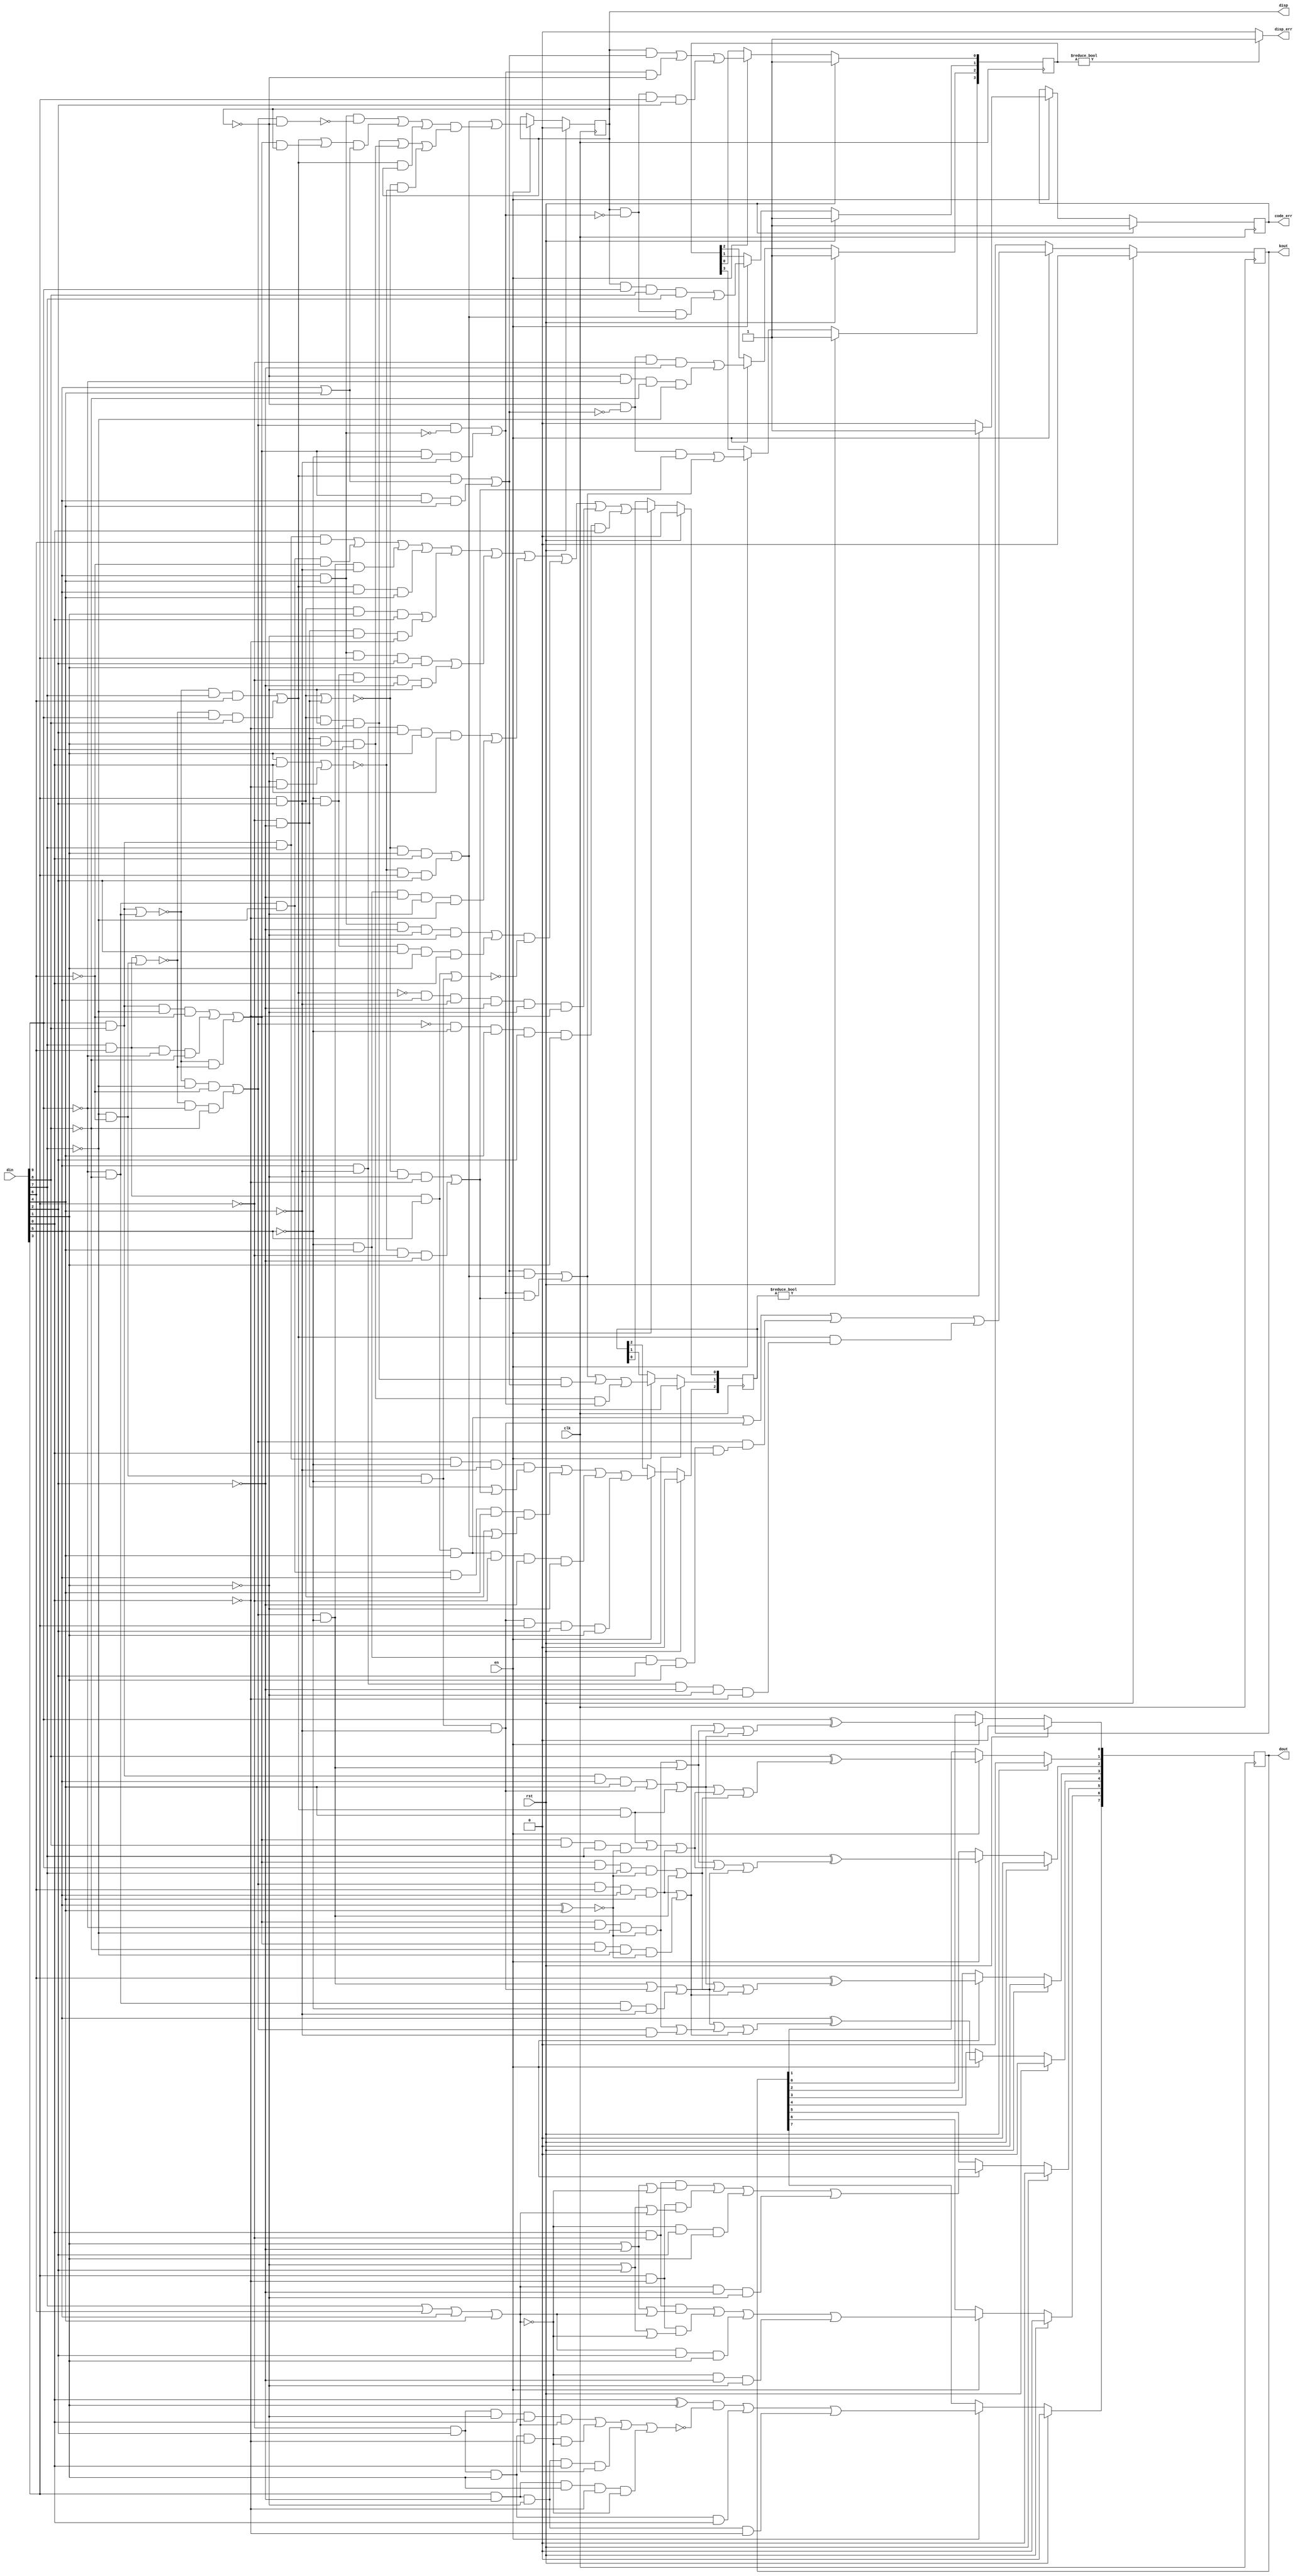
`timescale 1ns / 1ps
//////////////////////////////////////////////////////////////////////////////////
// Company: 
// 
// Design Name: 
// Module Name: decoder_8b10b
// Project Name: v8b10b
// Target Devices: 
// Tool Versions: 
// Description: 
// 
// Dependencies: 
// 
// Revision:
// Revision 0.01 - File Created
// Additional Comments:
// 
//////////////////////////////////////////////////////////////////////////////////

module decoder_8b10b (
	input wire clk,
	input wire rst,
	input wire en,
	input wire [9:0]din,
	output wire [7:0]dout,
	output wire kout,
	output wire code_err,
	output wire disp,
	output wire disp_err
);
   
reg [7:0]do;
reg k;
reg ce;
reg [2:0]e;
reg p;
reg [3:0]pe;
wire [9:0]d;

assign d = din;
assign disp_err = pe?1'b1:1'b0;
assign dout = do;
assign kout = k;
assign code_err = ce;
assign disp = p;

always @(posedge clk) begin
	if (rst) begin
		k <= 0;
		do <= 8'b0; 
	end else begin
		if (en == 1'b1) begin
			k <= (((d[7]&d[6]&d[5]&d[4])|(!d[7]&!d[6]&!d[5]&!d[4]))|(((!((d[9]&d[8])|(!d[9]&!d[8]))&!d[7]&!d[6])|(!((d[7]&d[6])|(!d[7]&!d[6]))&!d[9]&!d[8]))&(!d[5]&d[4]&d[2]&d[1]&d[0]))|(((!((d[9]&d[8])|(!d[9]&!d[8]))&d[7]&d[6])|(!((d[7]&d[6])|(!d[7]&!d[6]))&d[9]&d[8]))&(d[5]&!d[4]&!d[2]&!d[1]&!d[0])));
			do[7] <= ((d[0]^d[1])&!((!d[3]&d[2]&!d[1]&d[0]&!(!(d[7]|d[6]|d[5]|d[4])))|(!d[3]&d[2]&d[1]&!d[0]&(!(d[7]|d[6]|d[5]|d[4])))|(d[3]&!d[2]&!d[1]&d[0]&!(!(d[7]|d[6]|d[5]|d[4])))|(d[3]&!d[2]&d[1]&!d[0]&(!(d[7]|d[6]|d[5]|d[4])))))|(!d[3]&d[2]&d[1]&d[0])|(d[3]&!d[2]&!d[1]&!d[0]);
			do[6] <= (d[0]&!d[3]&(d[1]|!d[2]|!(!(d[7]|d[6]|d[5]|d[4]))))|(d[3]&!d[0]&(!d[1]|d[2]|(!(d[7]|d[6]|d[5]|d[4]))))|(!(!(d[7]|d[6]|d[5]|d[4]))&d[2]&d[1])|((!(d[7]|d[6]|d[5]|d[4]))&!d[2]&!d[1]);
			do[5] <= (d[0]&!d[3]&(d[1]|!d[2]|(!(d[7]|d[6]|d[5]|d[4]))))|(d[3]&!d[0]&(!d[1]|d[2]|!(!(d[7]|d[6]|d[5]|d[4]))))|((!(d[7]|d[6]|d[5]|d[4]))&d[2]&d[1])|(!(!(d[7]|d[6]|d[5]|d[4]))&!d[2]&!d[1]);
			do[4] <= d[5]^(((((!((d[9]&d[8])|(!d[9]&!d[8]))&!d[7]&!d[6])|(!((d[7]&d[6])|(!d[7]&!d[6]))&!d[9]&!d[8]))&!d[5])|(!d[7]&!d[6]&!d[5]&!d[4])|(!d[9]&!d[8]&!d[5]&!d[4]))|((((d[9]&d[8]&!d[7]&!d[6])|(d[7]&d[6]&!d[9]&!d[8])|(!((d[9]&d[8])|(!d[9]&!d[8]))&!((d[7]&d[6])|(!d[7]&!d[6]))))&!d[9]&!d[7]&(!(d[5]^d[4])))|(((!((d[9]&d[8])|(!d[9]&!d[8]))&!d[7]&!d[6])|(!((d[7]&d[6])|(!d[7]&!d[6])) & !d[9] & !d[8]))&!d[4]))|((((!((d[9]&d[8])|(!d[9]&!d[8]))&!d[7]&!d[6])|(!((d[7]&d[6])|(!d[7]&!d[6]))&!d[9]&!d[8]))&d[6]&d[5]&d[4])|(((d[9]&d[8]&!d[7]&!d[6])|(d[7]&d[6]&!d[9]&!d[8])|(!((d[9]&d[8])|(!d[9]&!d[8]))&!((d[7]&d[6])|(!d[7]&!d[6]))))&!d[8]&!d[7]&(!(d[5]^d[4])))));
			do[3] <= d[6]^(((d[9]&d[8]&d[5]&d[4])|(!d[7]&!d[6]&!d[5]&!d[4])|(((!((d[9]&d[8])|(!d[9]&!d[8]))&d[7]&d[6])|(!((d[7]&d[6])|(!d[7]&!d[6]))&d[9]&d[8]))&d[4]))|((((d[9]&d[8]&!d[7]&!d[6])|(d[7]&d[6]&!d[9]&!d[8])|(!((d[9]&d[8])|(!d[9]&!d[8]))&!((d[7]&d[6])|(!d[7]&!d[6]))))&d[9]&d[7]&(!(d[5]^d[4])))|(((!((d[9]&d[8])|(!d[9]&!d[8]))&!d[7]&!d[6])|(!((d[7]&d[6])|(!d[7]&!d[6]))&!d[9]&!d[8]))&!d[5]))|((((!((d[9]&d[8])|(!d[9]&!d[8]))&!d[7]&!d[6])|(!((d[7]&d[6])|(!d[7]&!d[6]))&!d[9]&!d[8]))&d[6]&d[5]&d[4])|(((d[9]&d[8]&!d[7]&!d[6])|(d[7]&d[6]&!d[9]&!d[8])|(!((d[9]&d[8])|(!d[9]&!d[8]))&!((d[7]&d[6])|(!d[7]&!d[6]))))&!d[8]&!d[7]&(!(d[5]^d[4])))));
			do[2] <= d[7]^(((((d[9]&d[8]&!d[7]&!d[6])|(d[7]&d[6]&!d[9]&!d[8])|(!((d[9]&d[8])|(!d[9]&!d[8]))&!((d[7]&d[6])|(!d[7]&!d[6]))))&!d[9]&!d[7]&(!(d[5]^d[4])))|(((!((d[9]&d[8])|(!d[9]&!d[8]))&!d[7]&!d[6])|(!((d[7]&d[6])|(!d[7]&!d[6]))&!d[9]&!d[8]))&!d[5]))|((((!((d[9]&d[8])|(!d[9]&!d[8]))&d[7]&d[6])|(!((d[7]&d[6])|(!d[7]&!d[6]))&d[9]&d[8]))&d[4])|(((d[9]&d[8]&!d[7]&!d[6])|(d[7]&d[6]&!d[9]&!d[8])|(!((d[9]&d[8])|(!d[9]&!d[8]))&!((d[7]&d[6])|(!d[7]&!d[6]))))&d[8]&d[7]&(!(d[5]^d[4])))|(((!((d[9]&d[8])|(!d[9]&!d[8]))&!d[7]&!d[6])|(!((d[7]&d[6])|(!d[7]&!d[6]))&!d[9]&!d[8]))&d[6]&d[5]&d[4]))|((((!((d[9]&d[8])|(!d[9]&!d[8]))&!d[7]&!d[6])|(!((d[7]&d[6])|(!d[7]&!d[6]))&!d[9]&!d[8]))&!d[5])|(!d[7]&!d[6]&!d[5]&!d[4])|(!d[9]&!d[8]&!d[5]&!d[4])));
			do[1] <= d[8]^(((d[9]&d[8]&d[5]&d[4])|(!d[7]&!d[6]&!d[5]&!d[4])|(((!((d[9]&d[8])|(!d[9]&!d[8]))&d[7]&d[6])|(!((d[7]&d[6])|(!d[7]&!d[6]))&d[9]&d[8]))&d[4]))|((((!((d[9]&d[8])|(!d[9]&!d[8]))&d[7]&d[6])|(!((d[7]&d[6])|(!d[7]&!d[6]))&d[9]&d[8]))&d[4])|(((d[9]&d[8]&!d[7]&!d[6])|(d[7]&d[6]&!d[9]&!d[8])|(!((d[9]&d[8])|(!d[9]&!d[8]))&!((d[7]&d[6])|(!d[7]&!d[6]))))&d[8]&d[7]&(!(d[5]^d[4])))|(((!((d[9]&d[8])|(!d[9]&!d[8]))&!d[7]&!d[6])|(!((d[7]&d[6])|(!d[7]&!d[6]))&!d[9]&!d[8]))&d[6]&d[5]&d[4]))|((((d[9]&d[8]&!d[7]&!d[6])|(d[7]&d[6]&!d[9]&!d[8])|(!((d[9]&d[8])|(!d[9]&!d[8]))&!((d[7]&d[6])|(!d[7]&!d[6]))))&d[9]&d[7]&(!(d[5]^d[4])))|(((!((d[9]&d[8])|(!d[9]&!d[8]))&!d[7]&!d[6])|(!((d[7]&d[6])|(!d[7]&!d[6]))&!d[9]&!d[8]))&!d[5])));
			do[0] <= d[9]^(((((!((d[9]&d[8])|(!d[9]&!d[8]))&!d[7]&!d[6])|(!((d[7]&d[6])|(!d[7]&!d[6]))&!d[9]&!d[8]))&d[6]&d[5]&d[4])|(((d[9]&d[8]&!d[7]&!d[6])|(d[7]&d[6]&!d[9]&!d[8])|(!((d[9]&d[8])|(!d[9]&!d[8]))&!((d[7]&d[6])|(!d[7]&!d[6]))))&!d[8]&!d[7]&(!(d[5]^d[4]))))|((((d[9]&d[8]&!d[7]&!d[6])|(d[7]&d[6]&!d[9]&!d[8])|(!((d[9]&d[8])|(!d[9]&!d[8]))&!((d[7]&d[6])|(!d[7]&!d[6]))))&!d[9]&!d[7]&(!(d[5]^d[4])))|(((!((d[9]&d[8])|(!d[9]&!d[8]))&!d[7]&!d[6])|(!((d[7]&d[6])|(!d[7]&!d[6]))&!d[9]&!d[8]))&!d[5]))|((d[9]&d[8]&d[5]&d[4])|(!d[7]&!d[6]&!d[5]&!d[4])|(((!((d[9]&d[8])|(!d[9]&!d[8]))&d[7]&d[6])|(!((d[7]&d[6])|(!d[7]&!d[6]))&d[9]&d[8]))&d[4])));
		end
	end
end
   
always @(posedge clk) begin
	if (rst) begin
		p <= 1'b0;
		pe <= 4'hF;
		ce <= 1'b1;
		e = 3'b000;
	end else begin
		if (en == 1'b1) begin
			p <= (((!((d[3]&d[2])|(!d[3]&!d[2])))&d[1]&d[0])|(!((d[1]&d[0])|(!d[1]&!d[0]))&d[3]&d[2]))|(((d[5]&d[4]&!(((!((d[9]&d[8])|(!d[9]&!d[8]))&!d[7]&!d[6])|(!((d[7]&d[6])|(!d[7]&!d[6]))&!d[9]&!d[8]))&!p))|((((!((d[9]&d[8])|(!d[9]&!d[8]))&d[7]&d[6])|(!((d[7]&d[6])|(!d[7]&!d[6]))&d[9]&d[8]))|(((d[9]&d[8]&!d[7]&!d[6])|(d[7]&d[6]&!d[9]&!d[8])|(!((d[9]&d[8])|(!d[9]&!d[8]))&!((d[7]&d[6])|(!d[7]&!d[6]))))&p))&(d[5]|d[4]))|(((!((d[9]&d[8])|(!d[9]&!d[8]))&d[7]&d[6])|(!((d[7]&d[6])|(!d[7]&!d[6]))&d[9]&d[8]))&p))&((d[3]&d[2]&!d[1]&!d[0])|(!d[3]&!d[2]&d[1]&d[0])|(!((d[3]&d[2])|(!d[3]&!d[2]))&!((d[1]&d[0])|(!d[1]&!d[0]))))) ;
			pe[0] <= ((p&((((!((d[9]&d[8])|(!d[9]&!d[8]))&d[7]&d[6])|(!((d[7]&d[6])|(!d[7]&!d[6]))&d[9]&d[8]))&(d[5]|d[4]))|(((d[9]&d[8]&!d[7]&!d[6])|(d[7]&d[6]&!d[9]&!d[8])|(!((d[9]&d[8])|(!d[9]&!d[8]))&!((d[7]&d[6])|(!d[7]&!d[6]))))&d[5]&d[4])))|(((((!((d[9]&d[8])|(!d[9]&!d[8]))&!d[7]&!d[6])|(!((d[7]&d[6])|(!d[7]&!d[6]))&!d[9]&!d[8]))&!(d[5]&d[4]))|(((d[9]&d[8]&!d[7]&!d[6])|(d[7]&d[6]&!d[9]&!d[8])|(!((d[9]&d[8])|(!d[9]&!d[8]))&!((d[7]&d[6])|(!d[7]&!d[6]))))&!d[5]&!d[4]))&!p))|((p&!((((!((d[9]&d[8])|(!d[9]&!d[8]))&!d[7]&!d[6])|(!((d[7]&d[6])|(!d[7]&!d[6]))&!d[9]&!d[8]))&!(d[5]&d[4]))|(((d[9]&d[8]&!d[7]&!d[6])|(d[7]&d[6]&!d[9]&!d[8])|(!((d[9]&d[8])|(!d[9]&!d[8]))&!((d[7]&d[6])|(!d[7]&!d[6]))))&!d[5]&!d[4]))&d[3]&d[2]));
			pe[1] <= ((p&d[9]&d[8]&d[7]))|((p&!((((!((d[9]&d[8])|(!d[9]&!d[8]))&!d[7]&!d[6])|(!((d[7]&d[6])|(!d[7]&!d[6]))&!d[9]&!d[8]))&!(d[5]&d[4]))|(((d[9]&d[8]&!d[7]&!d[6])|(d[7]&d[6]&!d[9]&!d[8])|(!((d[9]&d[8])|(!d[9]&!d[8]))&!((d[7]&d[6])|(!d[7]&!d[6]))))&!d[5]&!d[4]))&(((!((d[3]&d[2])|(!d[3]&!d[2])))&d[1]&d[0])|(!((d[1]&d[0])|(!d[1]&!d[0]))&d[3]&d[2]))));
			pe[2] <= ((!p&!((((!((d[9]&d[8])|(!d[9]&!d[8]))&d[7]&d[6])|(!((d[7]&d[6])|(!d[7]&!d[6]))&d[9]&d[8]))&(d[5]|d[4]))|(((d[9]&d[8]&!d[7]&!d[6])|(d[7]&d[6]&!d[9]&!d[8])|(!((d[9]&d[8])|(!d[9]&!d[8]))&!((d[7]&d[6])|(!d[7]&!d[6]))))&d[5]&d[4]))&!d[3]&!d[2]))|((!p&!d[9]&!d[8]&!d[7]));
			pe[3] <= ((!p&!((((!((d[9]&d[8])|(!d[9]&!d[8]))&d[7]&d[6])|(!((d[7]&d[6])|(!d[7]&!d[6]))&d[9]&d[8]))&(d[5]|d[4]))|(((d[9]&d[8]&!d[7]&!d[6])|(d[7]&d[6]&!d[9]&!d[8])|(!((d[9]&d[8])|(!d[9]&!d[8]))&!((d[7]&d[6])|(!d[7]&!d[6]))))&d[5]&d[4]))&((!((d[3]&d[2])|(!d[3]&!d[2]))&!d[1]&!d[0])|(!((d[1]&d[0])|(!d[1]&!d[0]))&!d[3]&!d[2]))))|((((((!((d[9]&d[8])|(!d[9]&!d[8]))&d[7]&d[6])|(!((d[7]&d[6])|(!d[7]&!d[6]))&d[9]&d[8]))&(d[5]|d[4]))|(((d[9]&d[8]&!d[7]&!d[6])|(d[7]&d[6]&!d[9]&!d[8])|(!((d[9]&d[8])|(!d[9]&!d[8]))&!((d[7]&d[6])|(!d[7]&!d[6]))))&d[5]&d[4]))&(((!((d[3]&d[2])|(!d[3]&!d[2])))&d[1]&d[0])|(!((d[1]&d[0])|(!d[1]&!d[0]))&d[3]&d[2])))|(((((!((d[9]&d[8])|(!d[9]&!d[8]))&!d[7]&!d[6])|(!((d[7]&d[6])|(!d[7]&!d[6]))&!d[9]&!d[8]))&!(d[5]&d[4]))|(((d[9]&d[8]&!d[7]&!d[6])|(d[7]&d[6]&!d[9]&!d[8])|(!((d[9]&d[8])|(!d[9]&!d[8]))&!((d[7]&d[6])|(!d[7]&!d[6]))))&!d[5]&!d[4]))&((!((d[3]&d[2])|(!d[3]&!d[2]))&!d[1]&!d[0])|(!((d[1]&d[0])|(!d[1]&!d[0]))&!d[3]&!d[2]))));
			e[0] <= ((d[9]&d[8]&d[7]&d[6])|(!d[9]&!d[8]&!d[7]&!d[6]))|((((!((d[9]&d[8])|(!d[9]&!d[8]))&!d[7]&!d[6])|(!((d[7]&d[6])|(!d[7]&!d[6]))&!d[9]&!d[8]))&!d[5]&!d[4]))|((((!((d[9]&d[8])|(!d[9]&!d[8]))&d[7]&d[6])|(!((d[7]&d[6])|(!d[7]&!d[6]))&d[9]&d[8]))&d[5]&d[4]))|((d[3]&d[2]&d[1]&d[0])|(!d[3]&!d[2]&!d[1]&!d[0]))|((d[5]&d[4]&d[3]&d[2]&d[1])|(!d[5]&!d[4]&!d[3]&!d[2]&!d[1]))|((d[5]&!d[4]&d[2]&d[1]&d[0])|(!d[5]&d[4]&!d[2]&!d[1]&!d[0]))|((((d[5]&d[4]&!d[2]&!d[1]&!d[0])|(!d[5]&!d[4]&d[2]&d[1]&d[0]))&!((d[7]&d[6]&d[5])|(!d[7]&!d[6]&!d[5]))))|((!((!((d[9]&d[8])|(!d[9]&!d[8]))&d[7]&d[6])|(!((d[7]&d[6])|(!d[7]&!d[6]))&d[9]&d[8]))&d[5]&!d[4]&!d[2]&!d[1]&!d[0]))|((!((!((d[9]&d[8])|(!d[9]&!d[8]))&!d[7]&!d[6])|(!((d[7]&d[6])|(!d[7]&!d[6]))&!d[9]&!d[8]))&!d[5]&d[4]&d[2]&d[1]&d[0]));
			e[1] <= ((((((!((d[9]&d[8])|(!d[9]&!d[8]))&d[7]&d[6])|(!((d[7]&d[6])|(!d[7]&!d[6]))&d[9]&d[8]))&(d[5]|d[4]))|(((d[9]&d[8]&!d[7]&!d[6])|(d[7]&d[6]&!d[9]&!d[8])|(!((d[9]&d[8])|(!d[9]&!d[8]))&!((d[7]&d[6])|(!d[7]&!d[6]))))&d[5]&d[4]))&(((!((d[3]&d[2])|(!d[3]&!d[2])))&d[1]&d[0])|(!((d[1]&d[0])|(!d[1]&!d[0]))&d[3]&d[2])))|(((((!((d[9]&d[8])|(!d[9]&!d[8]))&!d[7]&!d[6])|(!((d[7]&d[6])|(!d[7]&!d[6]))&!d[9]&!d[8]))&!(d[5]&d[4]))|(((d[9]&d[8]&!d[7]&!d[6])|(d[7]&d[6]&!d[9]&!d[8])|(!((d[9]&d[8])|(!d[9]&!d[8]))&!((d[7]&d[6])|(!d[7]&!d[6]))))&!d[5]&!d[4]))&((!((d[3]&d[2])|(!d[3]&!d[2]))&!d[1]&!d[0])|(!((d[1]&d[0])|(!d[1]&!d[0]))&!d[3]&!d[2]))))|((d[3]&d[2]&!d[1]&!d[0]&((((!((d[9]&d[8])|(!d[9]&!d[8]))&d[7]&d[6])|(!((d[7]&d[6])|(!d[7]&!d[6]))&d[9]&d[8]))&(d[5]|d[4]))|(((d[9]&d[8]&!d[7]&!d[6])|(d[7]&d[6]&!d[9]&!d[8])|(!((d[9]&d[8])|(!d[9]&!d[8]))&!((d[7]&d[6])|(!d[7]&!d[6]))))&d[5]&d[4]))))|((!d[3]&!d[2]&d[1]&d[0]&((((!((d[9]&d[8])|(!d[9]&!d[8]))&!d[7]&!d[6])|(!((d[7]&d[6])|(!d[7]&!d[6]))&!d[9]&!d[8]))&!(d[5]&d[4]))|(((d[9]&d[8]&!d[7]&!d[6])|(d[7]&d[6]&!d[9]&!d[8])|(!((d[9]&d[8])|(!d[9]&!d[8]))&!((d[7]&d[6])|(!d[7]&!d[6]))))&!d[5]&!d[4]))));
			e[2] <= ((d[9]&d[8]&d[7]&!d[5]&!d[4]&((!d[3]&!d[2])|((!((d[3]&d[2])|(!d[3]&!d[2]))&!d[1]&!d[0])|(!((d[1]&d[0])|(!d[1]&!d[0]))&!d[3]&!d[2])))))|((!d[9]&!d[8]&!d[7]&d[5]&d[4]&((d[3]&d[2])|(((!((d[3]&d[2])|(!d[3]&!d[2])))&d[1]&d[0])|(!((d[1]&d[0])|(!d[1]&!d[0]))&d[3]&d[2])))))|((d[7]&d[6]&d[5]&d[4]&!d[3]&!d[2]&!d[1]))|((!d[7]&!d[6]&!d[5]&!d[4]&d[3]&d[2]&d[1]));
			ce <= e ? 1'b1 : 1'b0;
		end
	end
end

endmodule